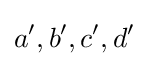
a',b',c',d'